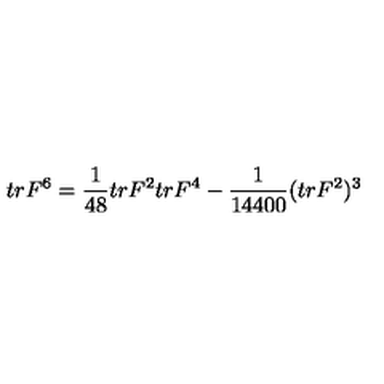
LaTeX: t r F ^ { 6 } = \frac { 1 } { 4 8 } t r F ^ { 2 } t r F ^ { 4 } - \frac { 1 } { 1 4 4 0 0 } ( t r F ^ { 2 } ) ^ { 3 }